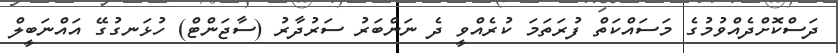
ދަސްކޮށްދެއްވުމުގެ މަސައްކަތް ފުރަތަމަ ކުރެއްވީ ދެ ނަންބަރު ސަރުދާރު (ސާޖަންޓް) ހުޅަނގުގޭ އައްނަބީލް